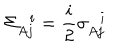
\Sigma _ { A j } ^ { \, \, \, \, i } = \frac { i } { 2 } \sigma _ { A j } ^ { \, \, \, \, i }